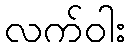
လက်ဝါး